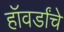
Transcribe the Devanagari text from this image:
हॉवर्डांचे